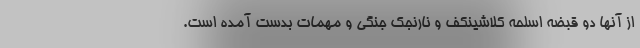
از آنها دو قبضه اسلحه کلاشینکف و نارنجک جنگی و مهمات بدست آمده است.